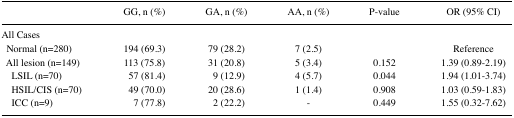
<table><thead><tr><td></td><td><b>GG, n (%)</b></td><td><b>GA, n (%)</b></td><td><b>AA, n (%)</b></td><td><b>P-value</b></td><td><b>OR (95% CI)</b></td></tr></thead><tbody><tr><td colspan="6">All Cases</td></tr><tr><td> Normal (n=280)</td><td>194 (69.3)</td><td>79 (28.2)</td><td>7 (2.5)</td><td></td><td>Reference</td></tr><tr><td> All lesion (n=149)</td><td>113 (75.8)</td><td>31 (20.8)</td><td>5 (3.4)</td><td>0.152</td><td>1.39 (0.89–2.19)</td></tr><tr><td>LSIL (n=70)</td><td>57 (81.4)</td><td>9 (12.9)</td><td>4 (5.7)</td><td>0.044</td><td>1.94 (1.01–3.74)</td></tr><tr><td>HSIL/CIS (n=70)</td><td>49 (70.0)</td><td>20 (28.6)</td><td>1 (1.4)</td><td>0.908</td><td>1.03 (0.59–1.83)</td></tr><tr><td>ICC (n=9)</td><td>7 (77.8)</td><td>2 (22.2)</td><td>-</td><td>0.449</td><td>1.55 (0.32–7.62)</td></tr></tbody></table>